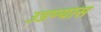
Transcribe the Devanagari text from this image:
उडण्यास